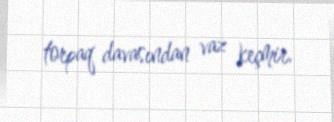
torpaq davasından vaz keçmir.